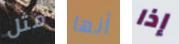
مثل أنها إذا